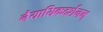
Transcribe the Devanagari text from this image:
नैयायिकदर्शनम्